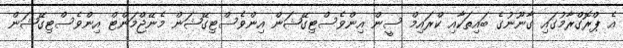
އެ ޕްރޮގްރާމުގައި ގާނޫނުގެ ބައިތަކާއި ކްރައިމް ސީން އިންވެސްޓިގޭޝަން އިންވެސްޓިގޭޝަން މެނޭޖްމަންޓް އިންވެސްޓިގޭޝަން